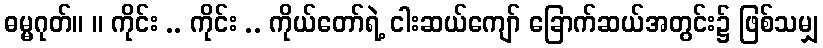
ဓမ္မဂုတ်။ ။ ကိုင်း .. ကိုင်း .. ကိုယ်တော်ရဲ့ ငါးဆယ်ကျော် ခြောက်ဆယ်အတွင်း၌ ဖြစ်သမျှ